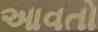
આવતો